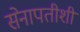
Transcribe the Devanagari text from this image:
सेनापतीशी